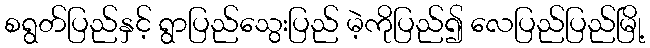
စရွတ်ပြည်နှင့် ရွာပြည်သွေးပြည် မဲ့ကိုပြည်၍ လေပြည်ပြည်မြို့